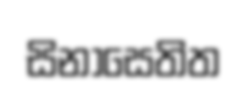
සිනාසෙතිත